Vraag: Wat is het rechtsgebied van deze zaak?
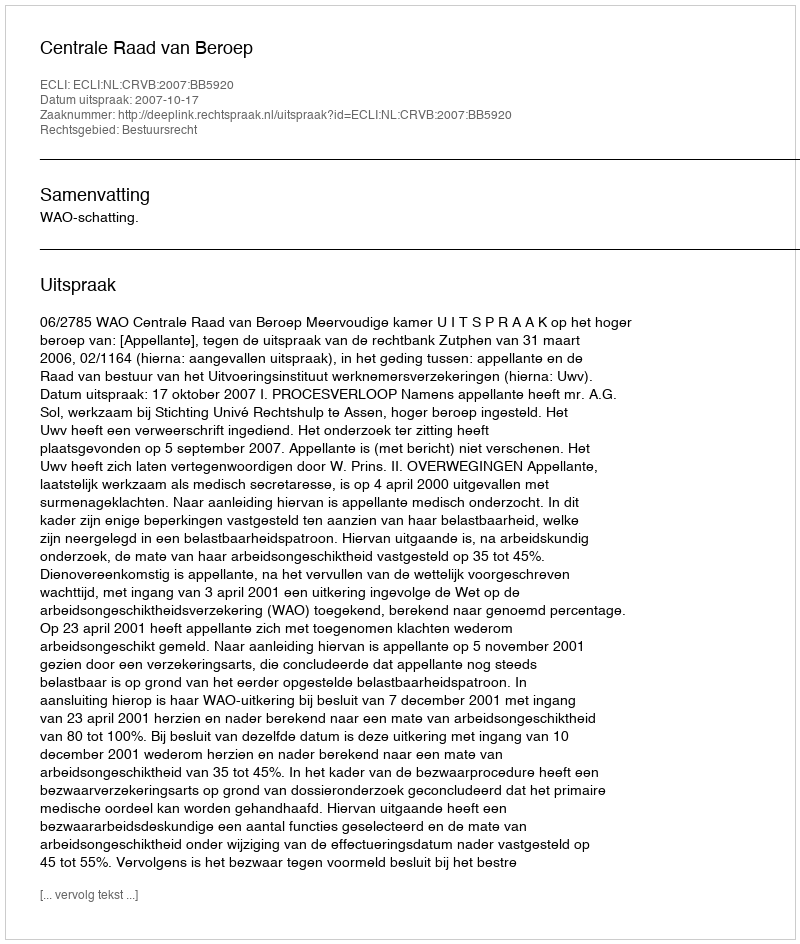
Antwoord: Bestuursrecht